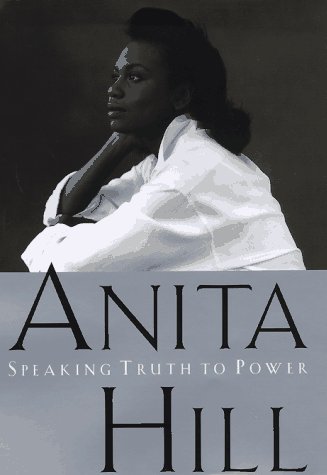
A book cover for Speaking Truth to Power; Anita Hill; Business & Money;